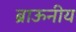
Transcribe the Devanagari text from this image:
ब्राऊनीय